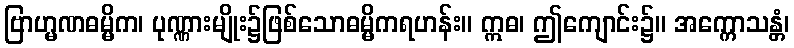
ဗြာဟ္မဏဓမ္မိက၊ ပုဏ္ဏားမျိုး၌ဖြစ်သောဓမ္မိကရဟန်း။ ဣဓ၊ ဤကျောင်း၌။ အက္ကောသန္တံ၊